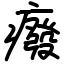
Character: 癈